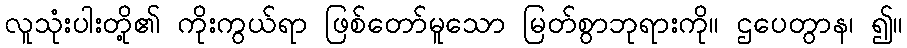
လူသုံးပါးတို့၏ ကိုးကွယ်ရာ ဖြစ်တော်မူသော မြတ်စွာဘုရားကို။ ဌပေတွာန၊ ၍။